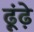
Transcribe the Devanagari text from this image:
ढ़ूंढ़े